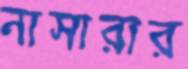
নাসারার